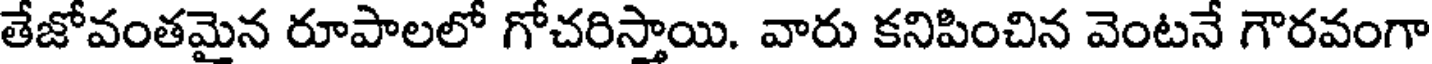
తేజోవంతమైన రూపాలలో గోచరిస్తాయి. వారు కనిపించిన వెంటనే గౌరవంగా